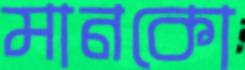
মানকো